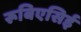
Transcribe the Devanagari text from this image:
रूबिएसिई